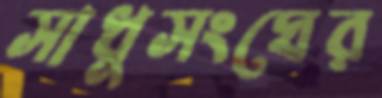
সাধুসংঘের